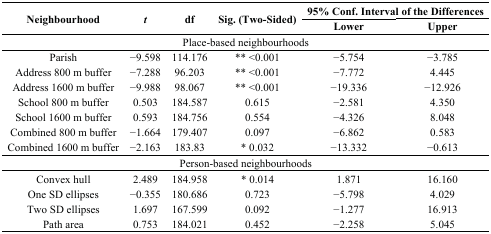
<table><thead><tr><td rowspan="2"><b>Neighbourhood</b></td><td rowspan="2"><b><i>t</i></b></td><td rowspan="2"><b>df</b></td><td rowspan="2"><b>Sig. (Two-Sided)</b></td><td colspan="2"><b>95% Conf. Interval of the Differences</b></td></tr><tr><td><b>Lower</b></td><td><b>Upper</b></td></tr></thead><tbody><tr><td colspan="6">Place-based neighbourhoods</td></tr><tr><td>Parish</td><td>−9.598</td><td>114.176</td><td>** &lt;0.001</td><td>−5.754</td><td>−3.785</td></tr><tr><td>Address 800 m buffer</td><td>−7.288</td><td>96.203</td><td>** &lt;0.001</td><td>−7.772</td><td>4.445</td></tr><tr><td>Address 1600 m buffer</td><td>−9.988</td><td>98.067</td><td>** &lt;0.001</td><td>−19.336</td><td>−12.926</td></tr><tr><td>School 800 m buffer</td><td>0.503</td><td>184.587</td><td>0.615</td><td>−2.581</td><td>4.350</td></tr><tr><td>School 1600 m buffer</td><td>0.593</td><td>184.756</td><td>0.554</td><td>−4.326</td><td>8.048</td></tr><tr><td>Combined 800 m buffer</td><td>−1.664</td><td>179.407</td><td>0.097</td><td>−6.862</td><td>0.583</td></tr><tr><td>Combined 1600 m buffer</td><td>−2.163</td><td>183.83</td><td>* 0.032</td><td>−13.332</td><td>−0.613</td></tr><tr><td colspan="6">Person-based neighbourhoods</td></tr><tr><td>Convex hull</td><td>2.489</td><td>184.958</td><td>* 0.014</td><td>1.871</td><td>16.160</td></tr><tr><td>One SD ellipses</td><td>−0.355</td><td>180.686</td><td>0.723</td><td>−5.798</td><td>4.029</td></tr><tr><td>Two SD ellipses</td><td>1.697</td><td>167.599</td><td>0.092</td><td>−1.277</td><td>16.913</td></tr><tr><td>Path area</td><td>0.753</td><td>184.021</td><td>0.452</td><td>−2.258</td><td>5.045</td></tr></tbody></table>